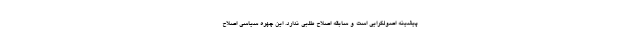
پیشینه اصولگرایی است و سابقه اصلاح طلبی ندارد. این چهره سیاسی اصلاح